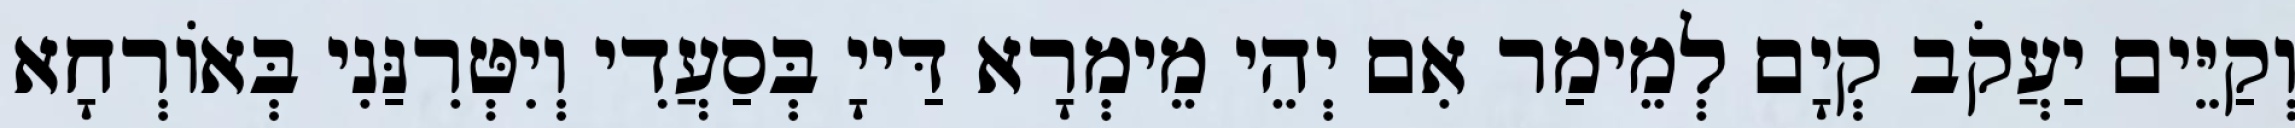
וְקַיֵּים יַעֲקֹב קְיָם לְמֵימַר אִם יְהֵי מֵימְרָא דַּייָ בְּסַעֲדִי וְיִטְּרִנַּנִי בְּאוֹרְחָא